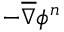
- \overline { \nabla } \phi ^ { n }